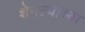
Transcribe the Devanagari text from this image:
शेनल्याच्या